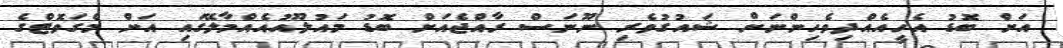
އަށް ބޮޑު އެހީއެއްދިވެހިންނަށް ޝައުގުވެރި ނޫނަސް ރާއްޖެއަށް ބޮޑު މައުލޫއުއެއްމާލޭގައި އަށް މެގަވޮޓްގެ